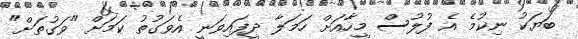
ބަޔަކު ނިކުމެ އެ ފުލުސް މީހާއަށް ހަމަލާ ދީފައިވަނީ އެވަގުތު ކަމަށް "ވަގުތަށް"